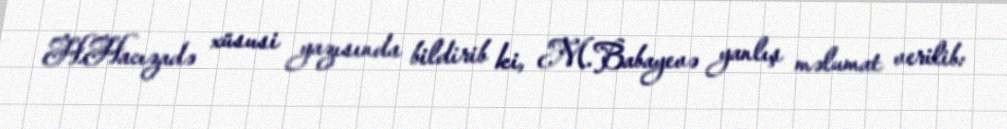
H.Hacızadə xüsusi yazısında bildirib ki, M.Babayevə yanlış məlumat verilib: